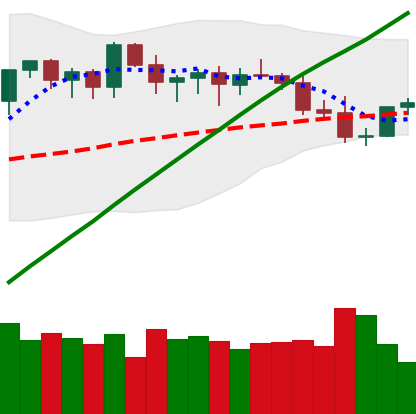
Ticker: ETH-USD
Chart end date: 2021-03-27
Forward return: 15.193%
Label: up_7plus